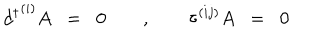
{ d ^ { \dagger } } ^ { ( i ) } A \; \; = \; \; 0 \quad \quad , \quad \quad \tau ^ { ( i j ) } A \; \; = \; \; 0